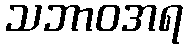
သဘာဝအရ